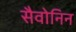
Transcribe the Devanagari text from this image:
सैवोनिन